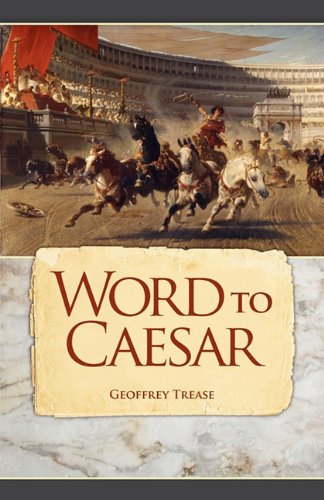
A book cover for Word to Caesar; Geoffrey Trease; Teen & Young Adult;